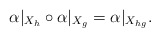
\begin{align*} \alpha|_{X_h}\circ\alpha|_{X_g}=\alpha|_{X_{hg}}. \end{align*}